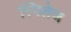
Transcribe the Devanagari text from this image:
स्पिलेज